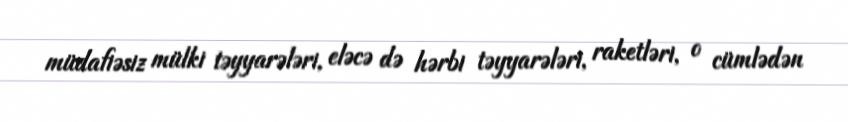
müdafiəsiz mülki təyyarələri, eləcə də hərbi təyyarələri, raketləri, o cümlədən